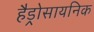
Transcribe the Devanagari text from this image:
हैड्रोसायनिक